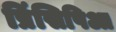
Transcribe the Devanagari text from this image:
प्रिंसिपिआ